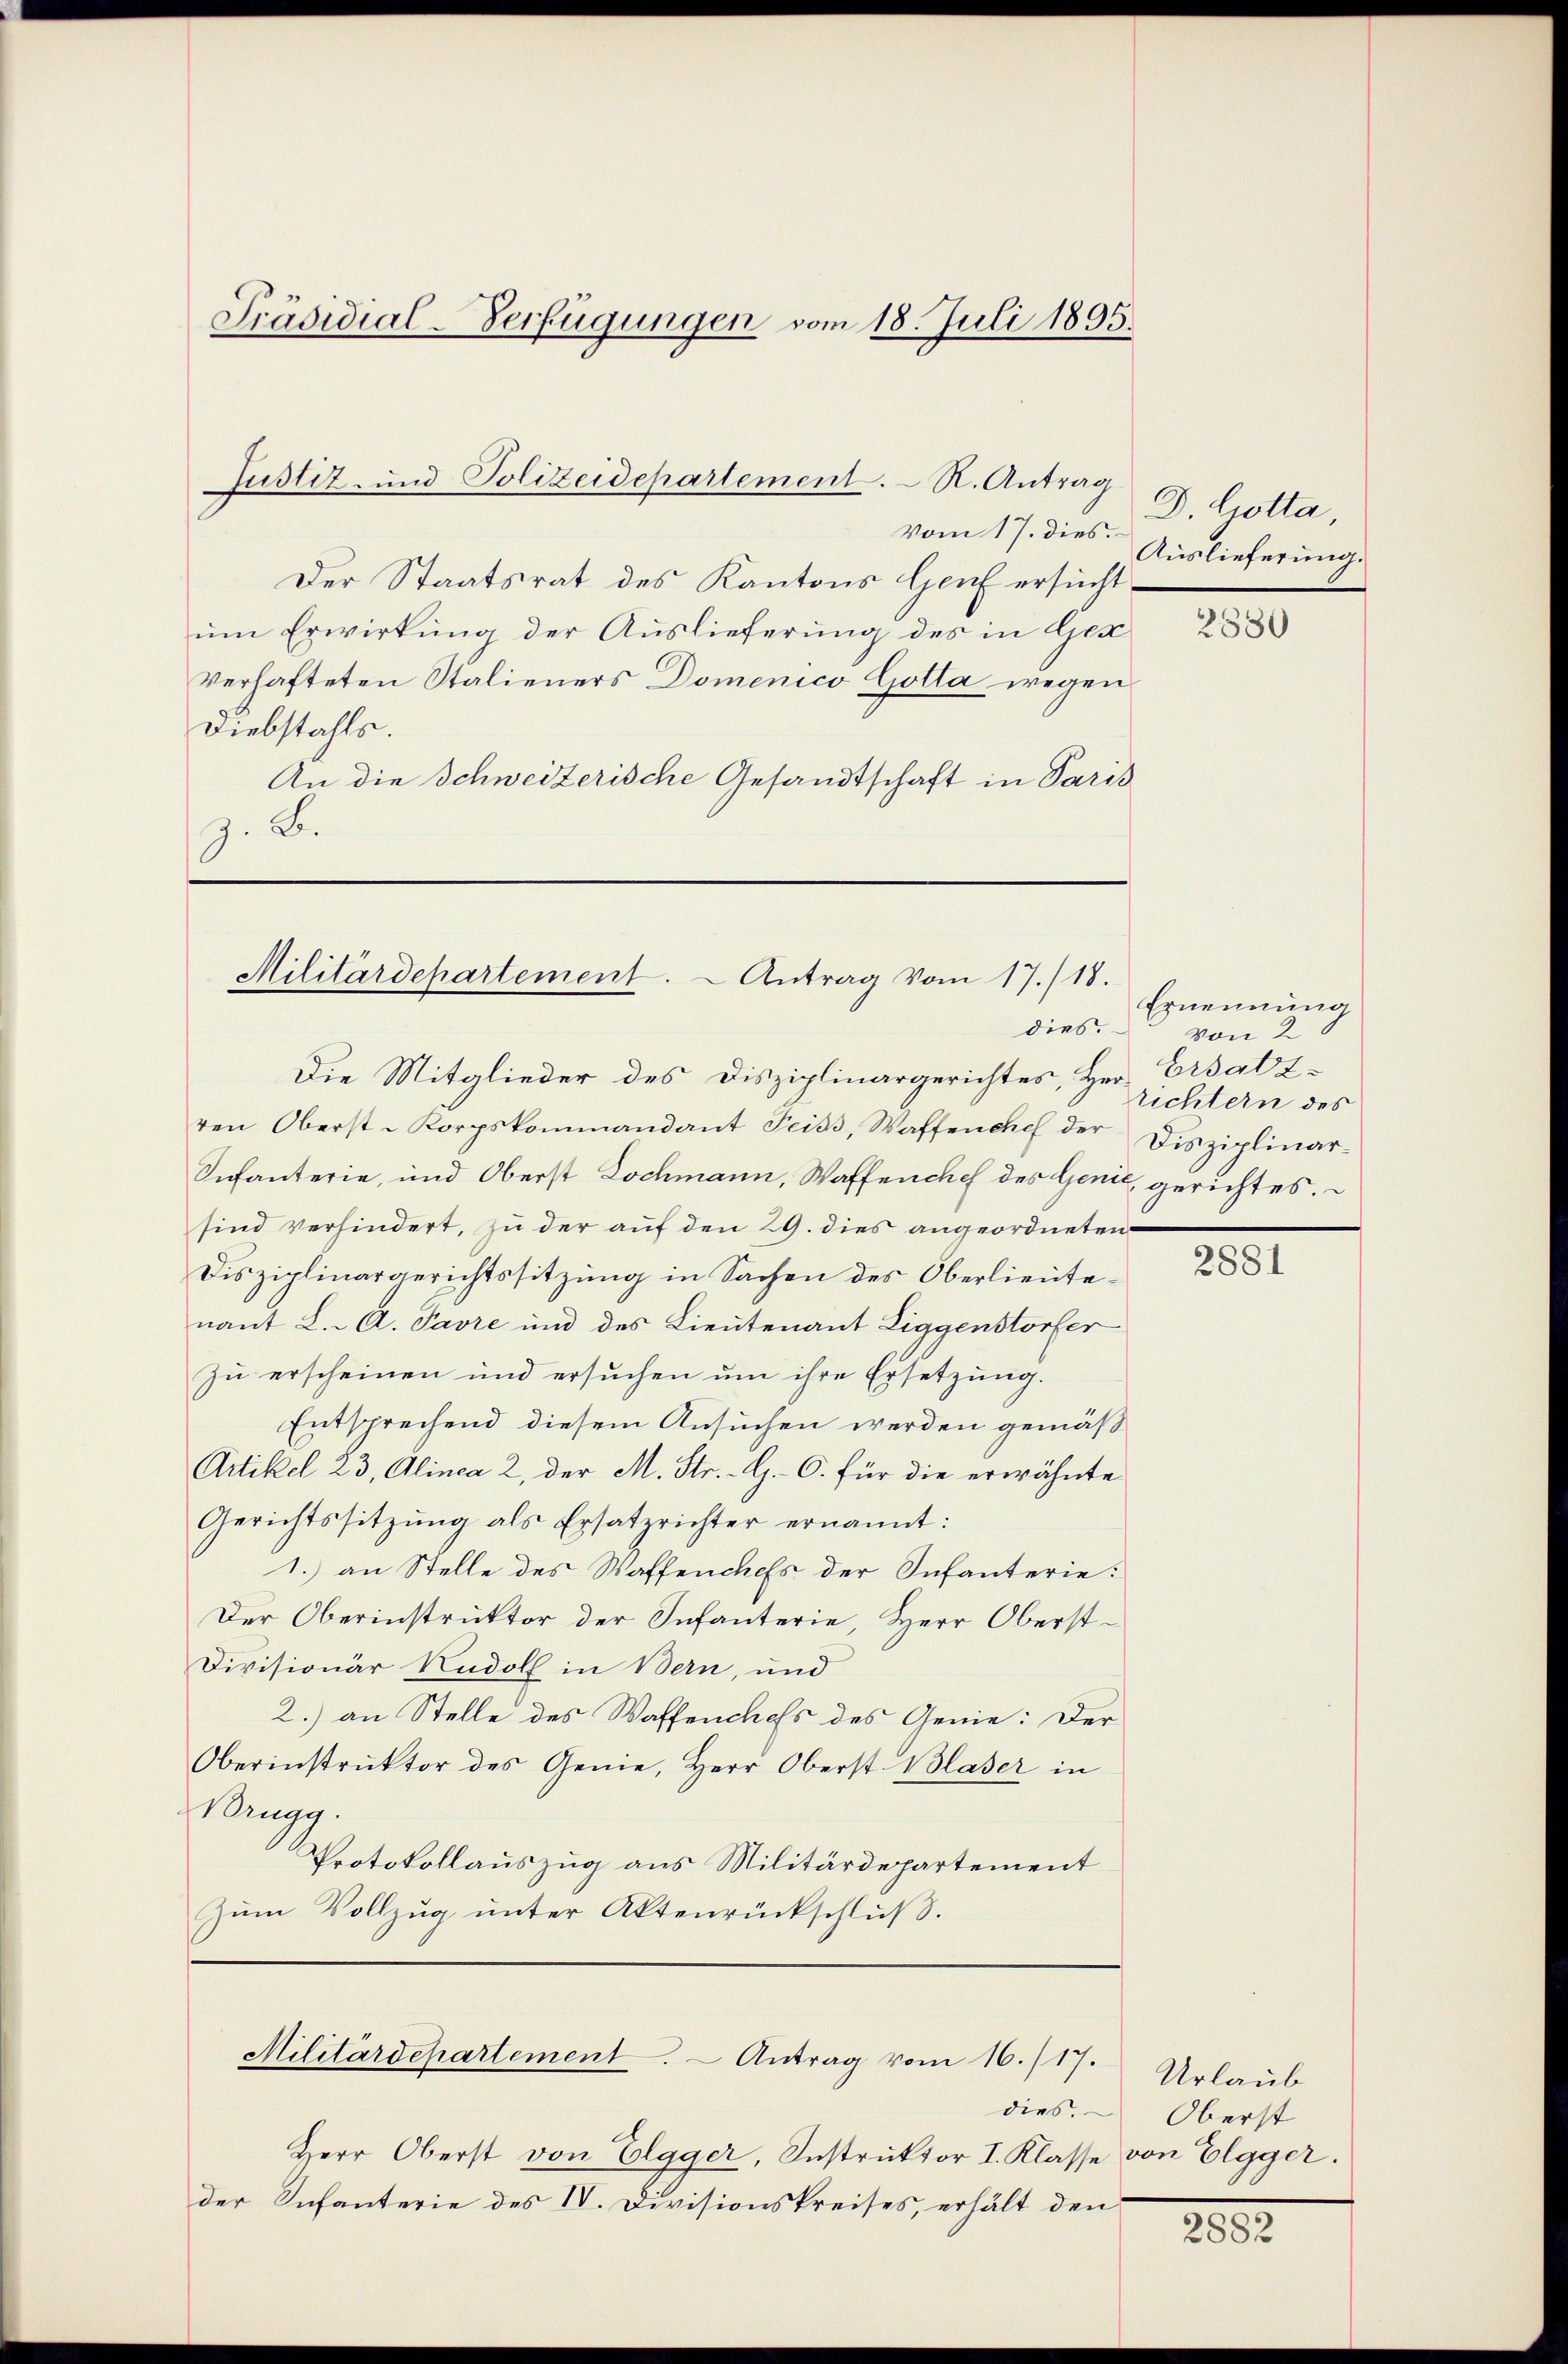
vom 17. dies
Der Staatsrat des Kantons Genf ersuchtum Erwirkung der Auslieferung des in Ges
verhafteten Stalieners Domenico Gotta wegen
Diebstahls.
An die Schweizerische Gesandtschaft in Paris
z. B.

Präsidial-Verfügungen vom 18. Juli 1805.

Justiz- und Polizeidepartement. R. Antrag

Militärdepartement. Antrag vom 17./18.

Militärdepartement. - Antrag vom 16./17.

dies.

Die Mitglieder des Disziplinargerichtes, Herr Ersatz-
ren Oberst-Korpskommandant Teiss, Waffenchef der
Infanterie, und Oberst Lochmann, Waffenchef des Genić, gerichtes.
sind verhindert, zu der auf den 29. dies angeordneten
Disziplinargerichtssitzung in Sachen des Oberlieutenant L. A. Favre und des Lieutenant Liggenstorfer
zu erscheinen und ersuchen um ihre Ersetzung.
Entsprechend diesem Ansuchen werden gemäß
Artikel 23, Alinea 2, der M. Str.-G.O. für die erwähnte
Gerichtssitzŭng als Ersatzrichter ernannt:
1.) an Stelle des Waffenchefs der Infanterie:
Der Oberinstruktor der Infanterie, Herr Oberst¬
Divisionär Rudolf in Bern, und
2.) an Stelle des Waffenches des Genie: Der
Oberinstrŭktor des Genie, Herr Oberst Blaser in
Brugg.
Protokollauszug aus Militärdepartement
Zum Vollzug unter Aktenrückschluß.

dies.

Herr Oberst von Elgger, Instruktor I. Klasse von Elgger.
der Infanterie des IV. Divisionskreises, erhält den

D. Gotta
Auslieferung.

2880

Ernennung
von 2
richtern des
Disziplinar¬

2881

Urlaub
Oberst

2882